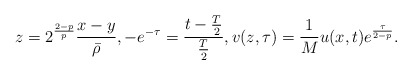
\begin{align*}z=2^{\frac{2-p}p}\frac{x-y}{\bar\rho},-e^{-\tau}=\frac{t-\frac T2}{\frac T2},v(z,\tau)=\frac1M u(x,t)e^{\frac{\tau}{2-p}}.\end{align*}